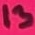
Text: 13